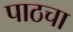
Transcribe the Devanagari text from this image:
पाठचा